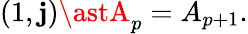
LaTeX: \left(1,\mathbf{j}\right)\astA_{p}=A_{p+1}.